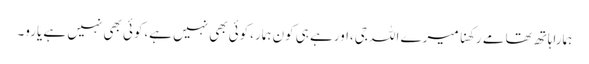
ہماراہاتھ تھامے رکھنا میرے اللہ جی،اورہے ہی کون ہمار،کوئی بھی نہیں ہے،کوئی بھی نہیں ہے یارو۔